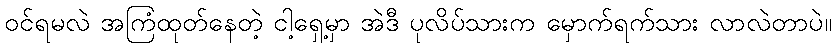
ဝင်ရမလဲ အကြံထုတ်နေတဲ့ ငါ့ရှေ့မှာ အဲဒီ ပုလိပ်သားက မှောက်ရက်သား လာလဲတာပဲ။